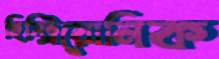
হিস্ট্রিয়োনিক